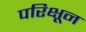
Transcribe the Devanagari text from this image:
परिक्षून